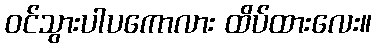
ဝင်သွားပါပကောလား ထိပ်ထားလေး။